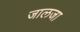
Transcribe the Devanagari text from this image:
जालजा